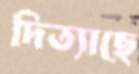
দিত্যাছে